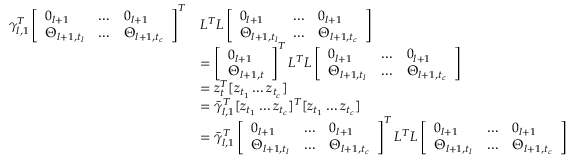
\begin{array} { r l } { \gamma _ { l , 1 } ^ { T } \left[ \begin{array} { l l l } { 0 _ { l + 1 } } & { \dots } & { 0 _ { l + 1 } } \\ { \Theta _ { l + 1 , t _ { l } } } & { \dots } & { \Theta _ { l + 1 , t _ { c } } } \end{array} \right] ^ { T } } & { L ^ { T } L \left[ \begin{array} { l l l } { 0 _ { l + 1 } } & { \dots } & { 0 _ { l + 1 } } \\ { \Theta _ { l + 1 , t _ { l } } } & { \dots } & { \Theta _ { l + 1 , t _ { c } } } \end{array} \right] } \\ & { = \left[ \begin{array} { l } { 0 _ { l + 1 } } \\ { \Theta _ { l + 1 , t } } \end{array} \right] ^ { T } L ^ { T } L \left[ \begin{array} { l l l } { 0 _ { l + 1 } } & { \dots } & { 0 _ { l + 1 } } \\ { \Theta _ { l + 1 , t _ { l } } } & { \dots } & { \Theta _ { l + 1 , t _ { c } } } \end{array} \right] } \\ & { = z _ { t } ^ { T } [ z _ { t _ { 1 } } \dots z _ { t _ { c } } ] } \\ & { = \bar { \gamma } _ { l , 1 } ^ { T } [ z _ { t _ { 1 } } \dots z _ { t _ { c } } ] ^ { T } [ z _ { t _ { 1 } } \dots z _ { t _ { c } } ] } \\ & { = \bar { \gamma } _ { l , 1 } ^ { T } \left[ \begin{array} { l l l } { 0 _ { l + 1 } } & { \dots } & { 0 _ { l + 1 } } \\ { \Theta _ { l + 1 , t _ { l } } } & { \dots } & { \Theta _ { l + 1 , t _ { c } } } \end{array} \right] ^ { T } L ^ { T } L \left[ \begin{array} { l l l } { 0 _ { l + 1 } } & { \dots } & { 0 _ { l + 1 } } \\ { \Theta _ { l + 1 , t _ { l } } } & { \dots } & { \Theta _ { l + 1 , t _ { c } } } \end{array} \right] } \end{array}